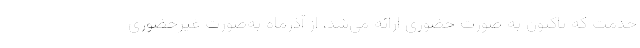
خدمت که تاکنون به صورت حضوری ارائه می‌شد، از آذرماه به‌صورت غیرحضوری